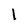
Character: l